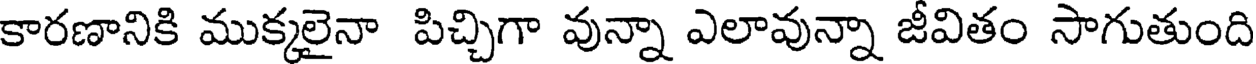
కారణానికి ముక్కలైనా పిచ్చిగా వున్నా ఎలావున్నా జీవితం సాగుతుంది